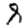
Digit: 8